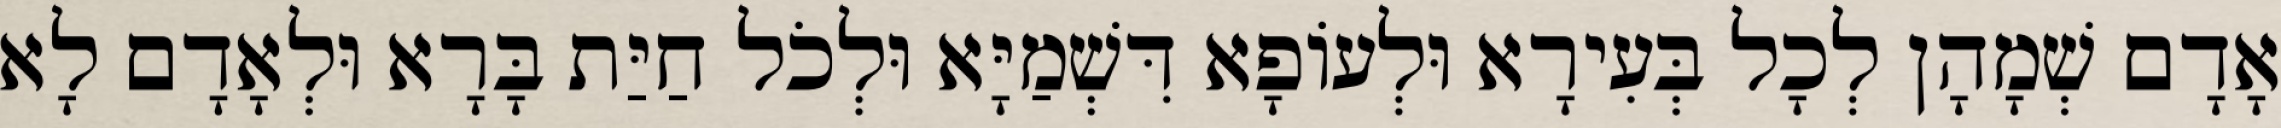
אָדָם שְׁמָהָן לְכָל בְּעִירָא וּלְעוֹפָא דִּשְׁמַיָּא וּלְכֹל חַיַּת בָּרָא וּלְאָדָם לָא